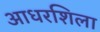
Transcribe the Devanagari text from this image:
आधरशिला